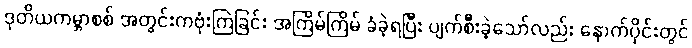
ဒုတိယကမ္ဘာစစ် အတွင်းကဗုံးကြဲခြင်း အကြိမ်ကြိမ် ခံခဲ့ရပြီး ပျက်စီးခဲ့သော်လည်း နောက်ပိုင်းတွင်